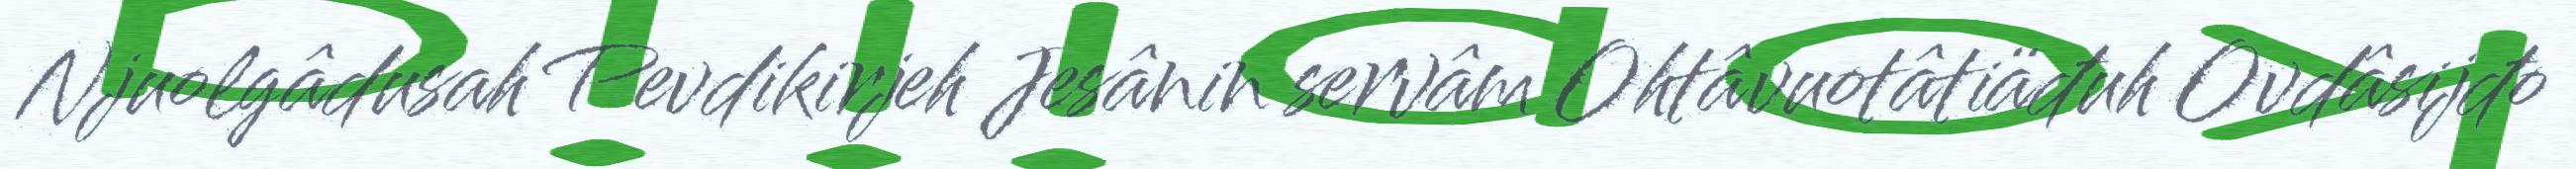
Njuolgâdusah Pevdikirjeh Jesânin servâm Ohtâvuotâtiäđuh Ovdâsijđo